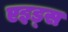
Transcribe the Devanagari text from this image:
एइड्स